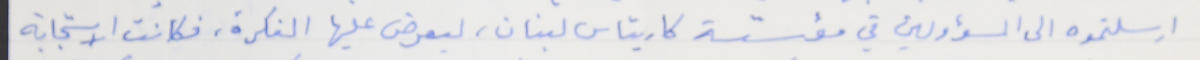
ارسلتموه الى المسؤولين في مؤسّسة كاريتاس لبنان، ليعرض عليها الفكرة، فكانت الاستجابة